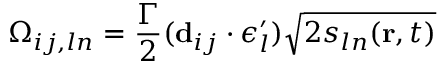
\Omega _ { i j , l n } = \frac { \Gamma } { 2 } ( \mathbf { d } _ { i j } \cdot \boldsymbol { \epsilon } _ { l } ^ { \prime } ) \sqrt { 2 s _ { l n } ( \mathbf { r } , t ) }